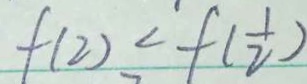
f ( 2 ) < f ( \frac { 1 } { 2 } )